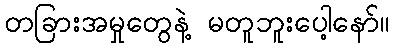
တခြားအမှုတွေနဲ့ မတူဘူးပေါ့နော်။